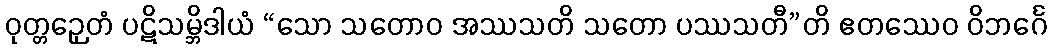
ဝုတ္တဉှေတံ ပဋိသမ္ဘိဒါယံ “သော သတောဝ အဿသတိ သတော ပဿသတီ”တိ ဧတဿေဝ ဝိဘင်္ဂေ